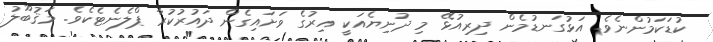
ކުޑަކަމުންނެވެ. އަޅުގަނޑުމެން ދިރިއުޅޭ މި ދުނިޔެއަކީ އިރުގެ ވަށައިގެން ދައުރުކުރާ ޕްލެނެޓެކެވެ. މަޤުބޫލު